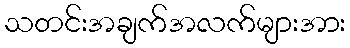
သတင်းအချက်အလက်များအား